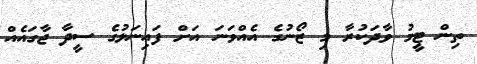
ތިން ޓީމު ވާދަކުރާ މި ޒޯނުގެ އެއްވަނަ އަށް ފައިނަލުގެ ސީދާ ޖާގައެއް